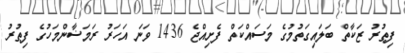
ފިޠުރު ޒަކާތް ބަލައިގަތުމުގެ މަސައްކަތް ފެށިއްޖެ 1436 ވަނަ އަހަރު ރަމަޟާންމަހުގެ ފިޠުރު